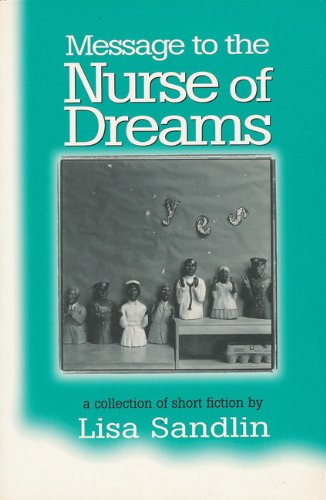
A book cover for Message to the Nurse of Dreams: A Collection of Short Fiction (Hell Yes! Texas Women Series); Lisa Sandlin; Literature & Fiction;